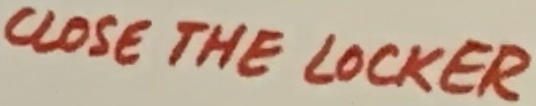
Text: CLOSE THE LOCKER